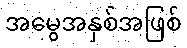
အမွေအနှစ်အဖြစ်